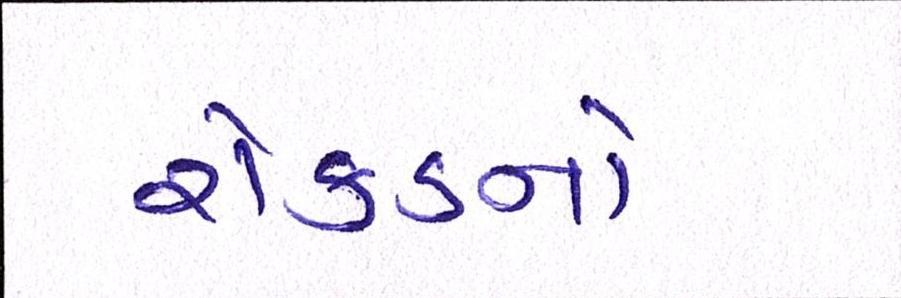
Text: રોકડનો